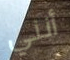
أنني